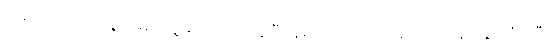
၉-ရက်သား အရွယ်မှာ သူ့မိခင်က ကုန်ပြီး နမ်းလိုက်တဲ့အခါ ဆံထုံးနဲ့ ပန်းကုံးကြီး